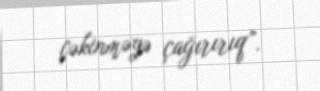
çəkinməyə çağırırıq”.